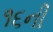
૧૬ની